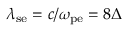
\lambda _ { \mathrm { s e } } = c / \omega _ { \mathrm { p e } } = 8 \Delta